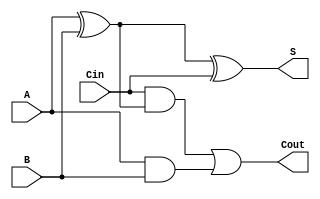
module full_adder( input A,B,Cin, 
                    output S,Cout);

    wire x1, a1,a2;
    
    xor xor1(x1,A,B);
    and and1(a1,Cin,x1);
    and and2(a2,A,B);
    or or1(Cout,a1,a2);
    xor xor2(S,x1,Cin);
    
endmodule